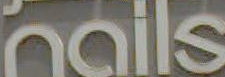
nails